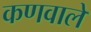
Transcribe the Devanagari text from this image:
कणवाले